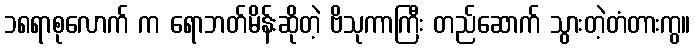
၁၈ရာစုလောက် က ရောဘတ်မိန်းဆိုတဲ့ ဗိသုကာကြီး တည်ဆောက် သွားတဲ့တံတားကွ။